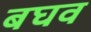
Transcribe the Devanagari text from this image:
बघव